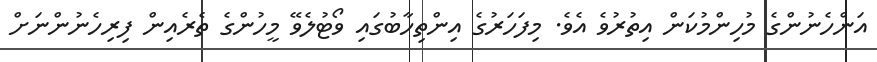
އަންހެނުންގެ މުހިންމުކަން އިތުރުވެ އެވެ. މިފަހަރުގެ އިންތިހާބުގައި ވޯޓުލެވޭ މީހުންގެ ތެރެއިން ފިރިހެނުންނަށް